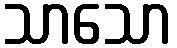
သာသော